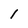
Character: I